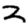
Digit: 3